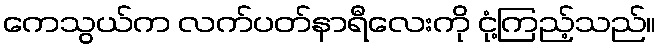
ကေသွယ်က လက်ပတ်နာရီလေးကို ငုံ့ကြည့်သည်။